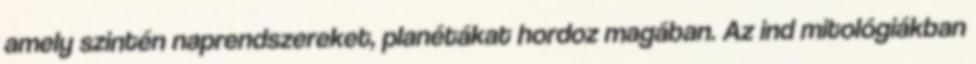
amely szintén naprendszereket, planétákat hordoz magában. Az ind mitológiákban